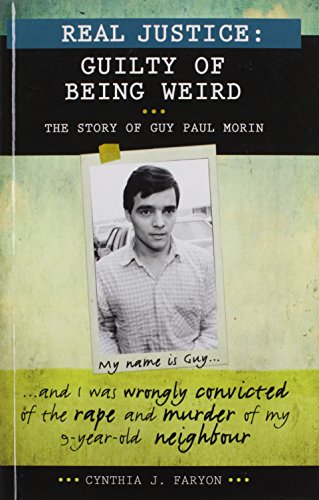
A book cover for Real Justice: Guilty of Being Weird: The Story of Guy Paul Morin (Lorimer Real Justice); Cynthia Faryon; Teen & Young Adult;